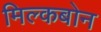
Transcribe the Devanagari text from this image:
मिल्कबोन